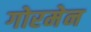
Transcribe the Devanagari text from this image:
गोरमेन